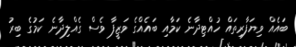
ބައެއް ވިޔަފާރިތައް ހުއްޓިދާނެ ކަމާއި ބައެއްގެ ވަޒީފާ ވެސް ގެއްލިދާނެ ކަމުގެ ބިރު